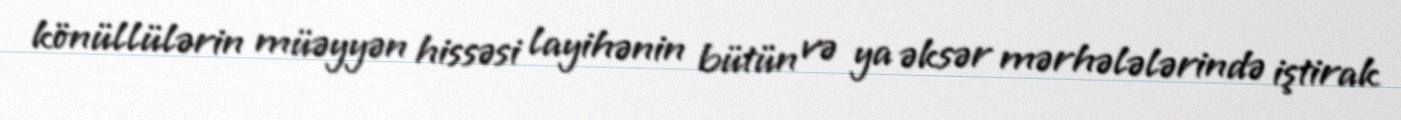
könüllülərin müəyyən hissəsi layihənin bütün və ya əksər mərhələlərində iştirak